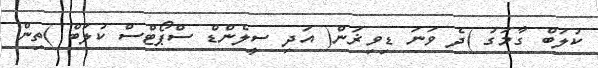
ކުލަބް ގާމަގު )ދެ ވަނަ ޑިވިޜަން( އަދި ސީލެންޑް ސްޕޯޓްސް ކުލަބް )ތިން